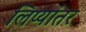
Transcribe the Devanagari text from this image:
लिप्यांतर